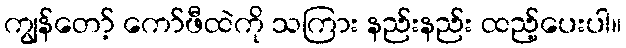
ကျွန်တော့် ကော်ဖီထဲကို သကြား နည်းနည်း ထည့်ပေးပါ။